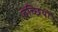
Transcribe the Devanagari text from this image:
बच्छियों